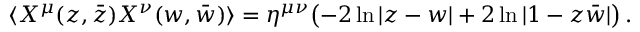
\langle X ^ { \mu } ( z , \bar { z } ) X ^ { \nu } ( w , \bar { w } ) \rangle = \eta ^ { \mu \nu } \bigl ( - 2 \ln | z - w | + 2 \ln | 1 - z \bar { w } | \bigr ) \, .